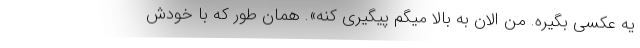
یه عکسی بگیره. من الان به بالا میگم پیگیری کنه». همان طور که با خودش